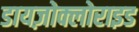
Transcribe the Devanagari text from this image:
डायज़ोक्लोराइड